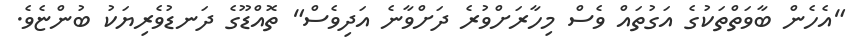
"އެހެން ބާވަތްތަކުގެ އަގުތައް ވެސް މިހާރަށްވުރެ ދަށްވާނެ އަދިވެސް" ތޮއްޑޫގެ ދަނޑުވެރިޔަކު ބުންޏެވެ.